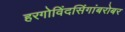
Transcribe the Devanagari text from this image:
हरगोविंदसिंगांबरोबर